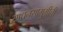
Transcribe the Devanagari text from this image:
साधनसामुग्रीची